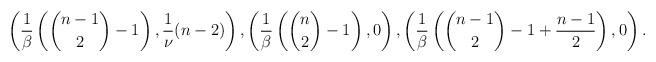
LaTeX: \begin{align*}\left(\frac{1}{\beta} \left( \binom{n-1}{2}-1 \right), \frac1\nu ({n-2})\right), \left( \frac{1}{\beta} \left( \binom{n}{2}-1 \right) , 0 \right),\left( \frac{1}{\beta} \left( \binom{n-1}{2} -1 +\frac{n-1}{2} \right), 0 \right).\end{align*}